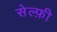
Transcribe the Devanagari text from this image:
सेल्फ़ी